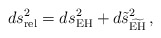
\begin{align*}ds_{\mathrm{rel}}^2=ds_{\mathrm{EH}}^2 +d\tilde{s}^2_{\widetilde{\mathrm{EH}}}\,, \end{align*}